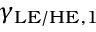
\boldsymbol { \gamma _ { \mathrm { L E / H E } , 1 } }